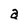
Character: a